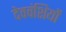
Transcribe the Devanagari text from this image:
देववंशियों